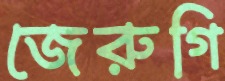
জেরুগি